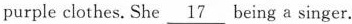
purple clothes. She \underline{17} being a singer.